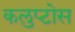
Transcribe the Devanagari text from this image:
कलुप्टोस